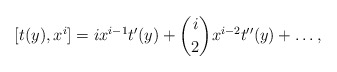
\begin{align*} [t(y),x^i]=i x^{i-1}t'(y)+\binom{i}{2} x^{i-2}t''(y)+\dots,\end{align*}